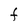
Character: F